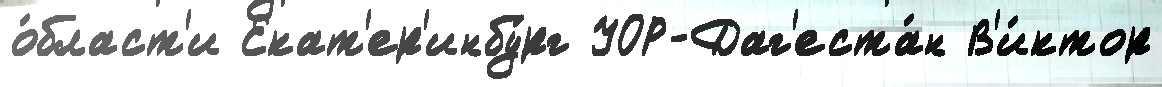
о́бласт'и Екат'ер'инбу́рг УОР-Даг'еста́н В'и́ктор